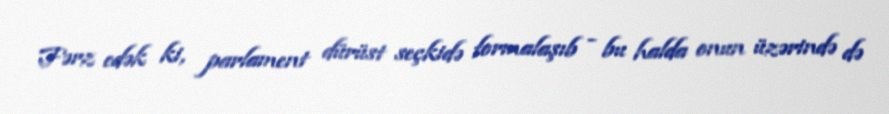
Fərz edək ki, parlament dürüst seçkidə formalaşıb - bu halda onun üzərində də